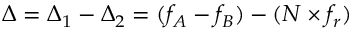
\Delta = \Delta _ { 1 } - \Delta _ { 2 } = ( f _ { A } - f _ { B } ) - ( N \times f _ { r } )